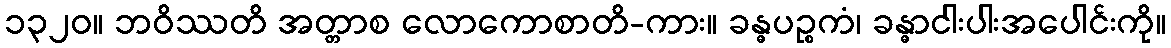
၁၃၂၀။ ဘဝိဿတိ အတ္တာစ လောကောစာတိ-ကား။ ခန္ဓပဉ္စကံ၊ ခန္ဓာငါးပါးအပေါင်းကို။